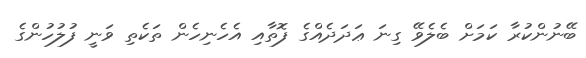
ބޭނުންކުރާ ކަމަށް ބެލެވޭ ގިނަ ޢަދަދެއްގެ ފޮތާއި އެހެނިހެން ތަކެތި ވަނީ ފުލުހުންގެ